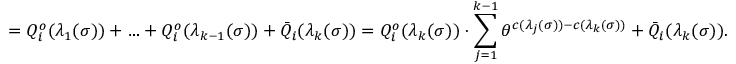
= Q _ { i } ^ { o } ( \lambda _ { 1 } ( \sigma ) ) + \ldots + Q _ { i } ^ { o } ( \lambda _ { k - 1 } ( \sigma ) ) + \bar { Q } _ { i } ( \lambda _ { k } ( \sigma ) ) = Q _ { i } ^ { o } ( \lambda _ { k } ( \sigma ) ) \cdot \sum _ { j = 1 } ^ { k - 1 } \theta ^ { c ( \lambda _ { j } ( \sigma ) ) - c ( \lambda _ { k } ( \sigma ) ) } + \bar { Q } _ { i } ( \lambda _ { k } ( \sigma ) ) .